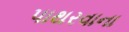
પાથરવાના